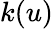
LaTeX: k(u)